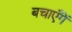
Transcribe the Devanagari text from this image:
बचाएँगें